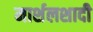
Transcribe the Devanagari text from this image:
मार्शलशादी